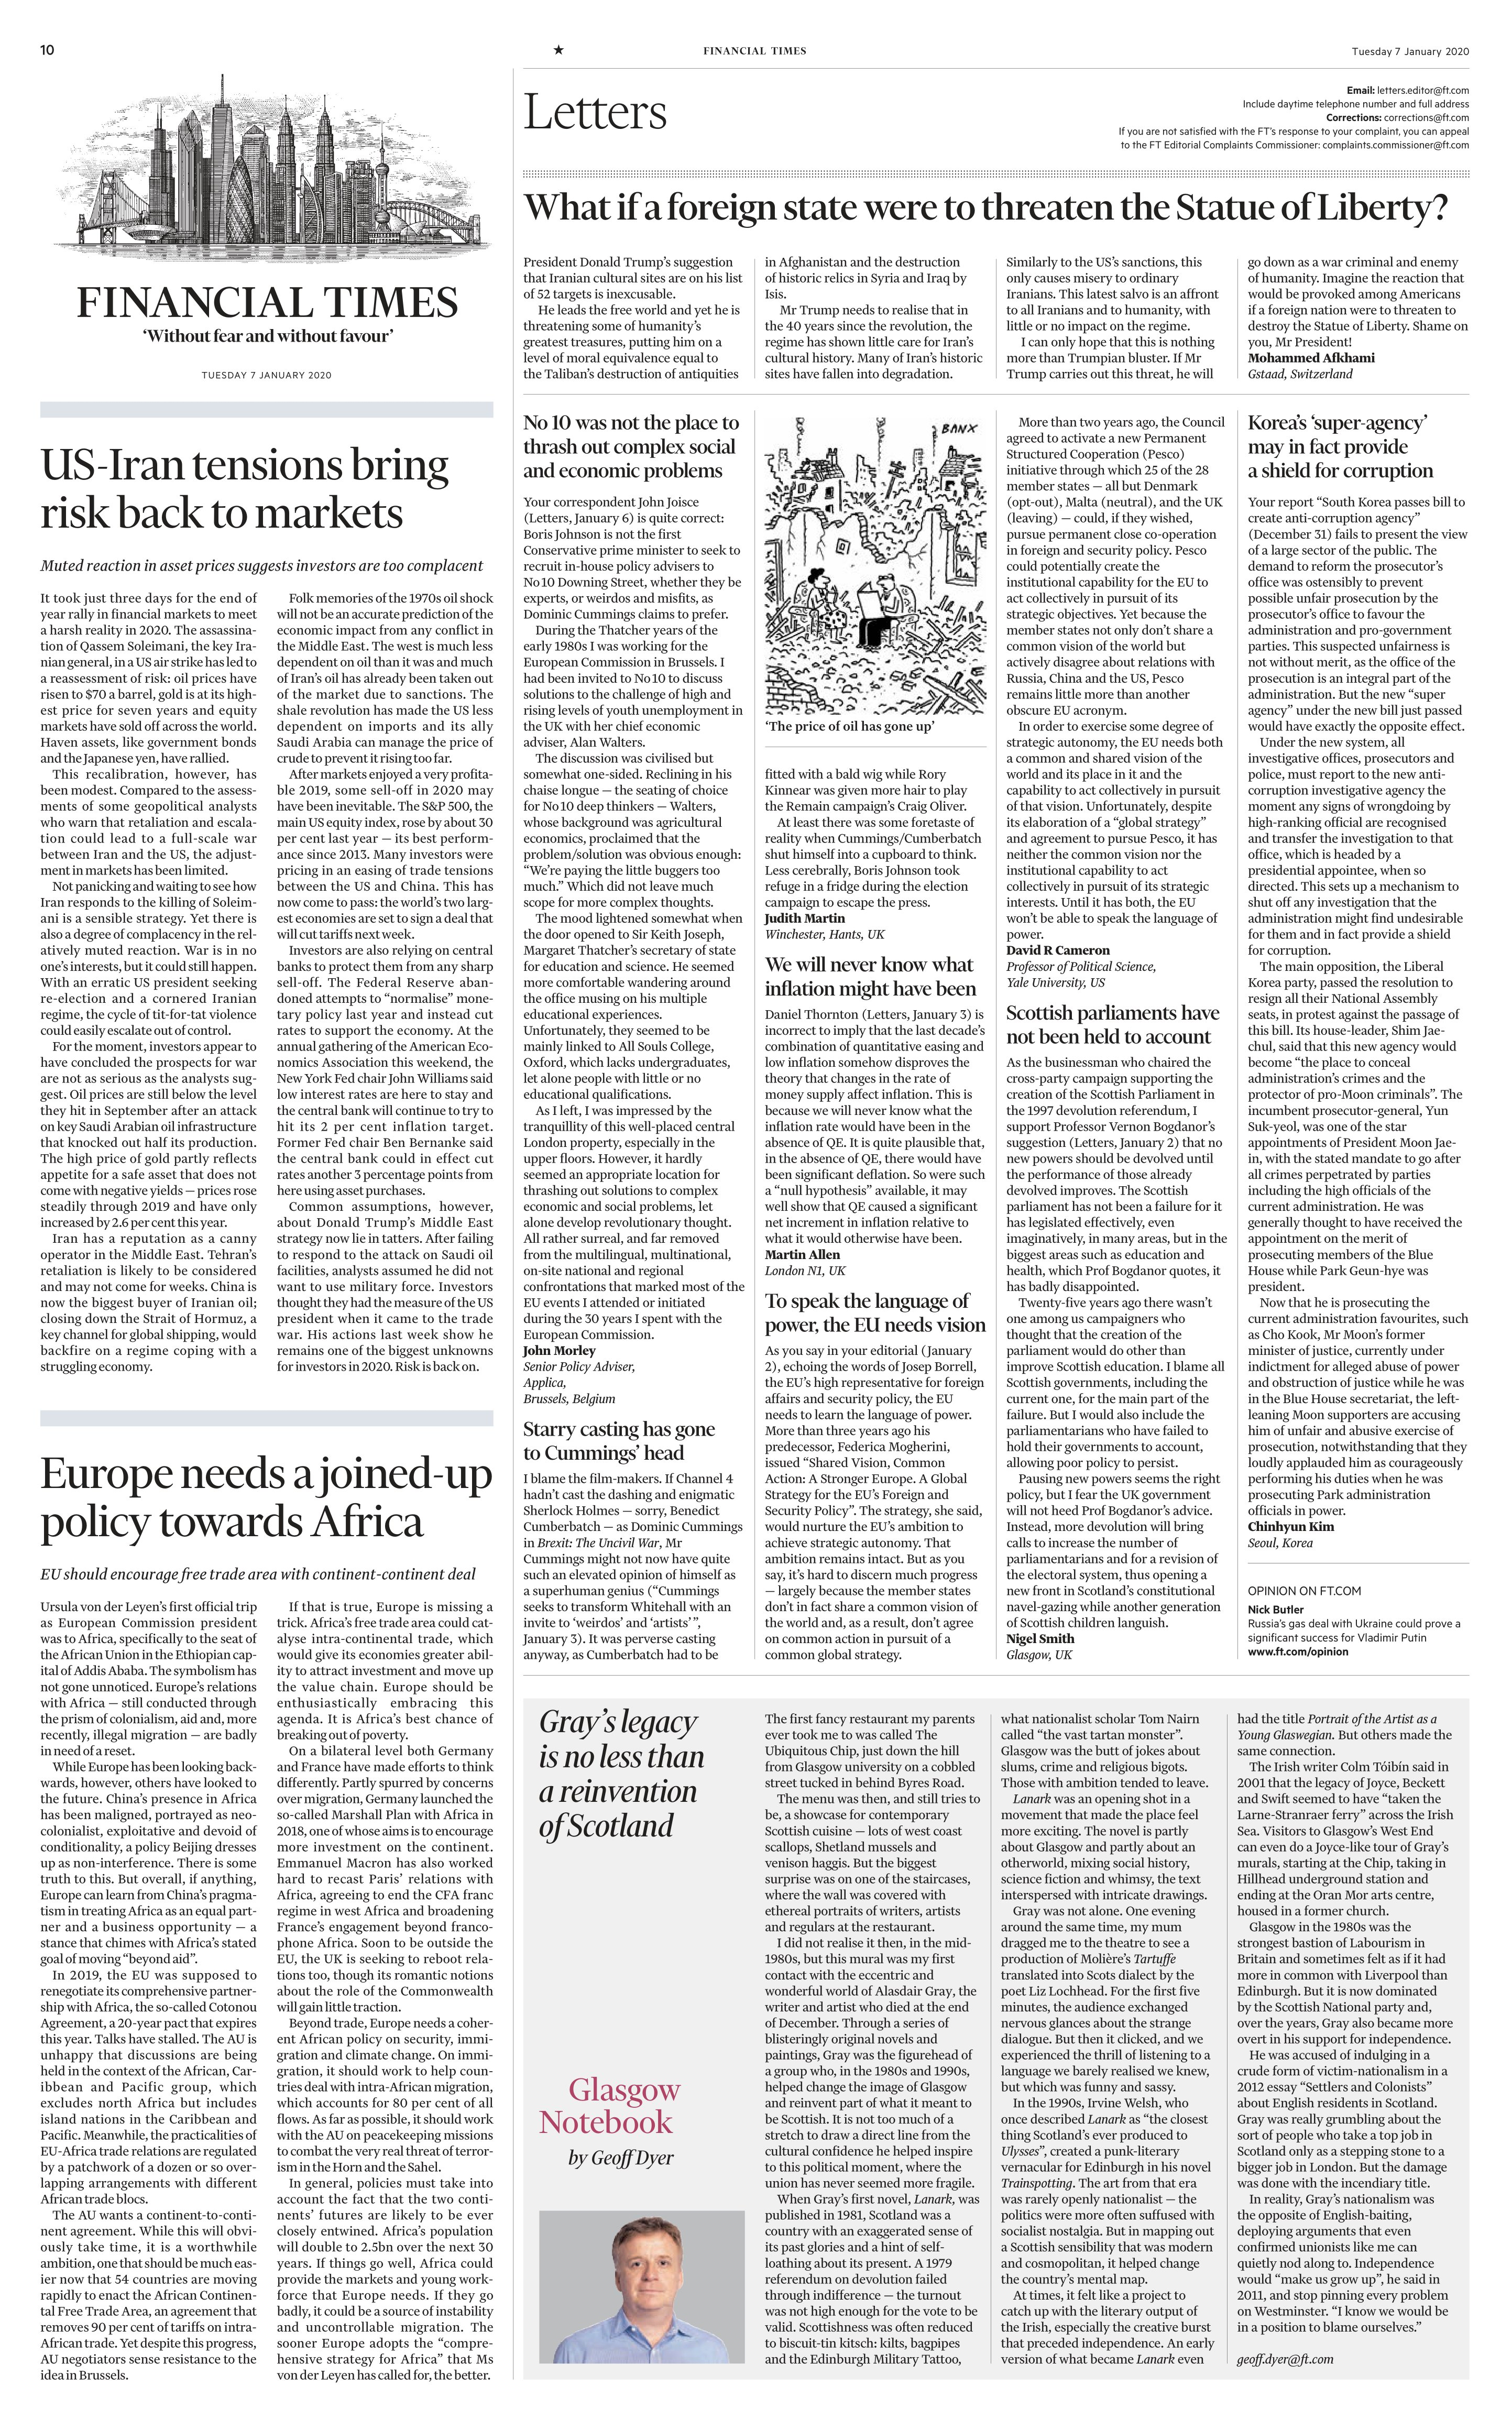
Language: en